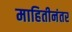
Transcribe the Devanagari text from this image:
माहितीनंतर